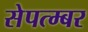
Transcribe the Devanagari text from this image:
सेपत्म्बर